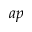
a p